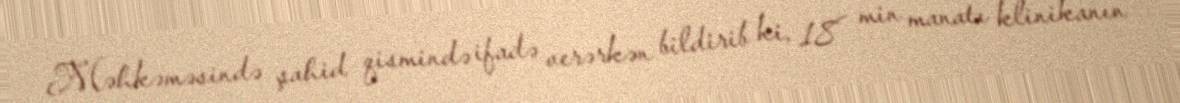
Məhkəməsində şahid qismində ifadə verərkən bildirib ki, 18 min manatı klinikanın